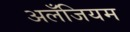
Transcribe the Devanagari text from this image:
अलँजियम